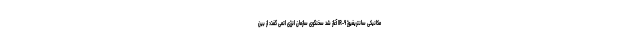
مکانیکی سانتریفیوژ IR-۹ آغاز شد سخنگوی سازمان انرژی اتمی گفت: از بین